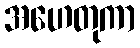
အဟေတုကာ